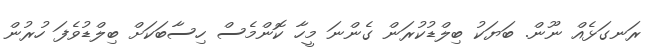
ރަނގަޅެއް ނޫން. ބަޔަކު ބިލްޑުކުރަން ގެންނަ މީހާ ކޮންމެސް ހިސާބަކަށް ބިލްޑުވެފަ ހުރުން